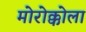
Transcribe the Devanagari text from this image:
मोरोक्कोला